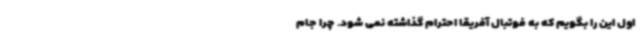
اول این را بگویم که به فوتبال آفریقا احترام گذاشته نمی شود. چرا جام